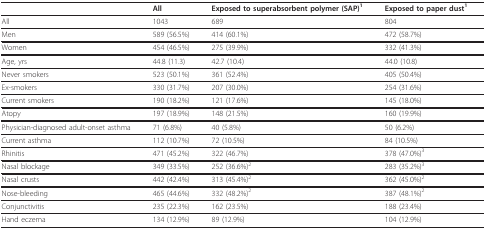
<table><thead><tr><td></td><td><b>All</b></td><td><b>Exposed to superabsorbent polymer (SAP)<sup>1</sup></b></td><td><b>Exposed to paper dust<sup>1</sup></b></td></tr></thead><tbody><tr><td>All</td><td>1043</td><td>689</td><td>804</td></tr><tr><td>Men</td><td>589 (56.5%)</td><td>414 (60.1%)</td><td>472 (58.7%)</td></tr><tr><td>Women</td><td>454 (46.5%)</td><td>275 (39.9%)</td><td>332 (41.3%)</td></tr><tr><td>Age, yrs</td><td>44.8 (11.3)</td><td>42.7 (10.4)</td><td>44.0 (10.8)</td></tr><tr><td>Never smokers</td><td>523 (50.1%)</td><td>361 (52.4%)</td><td>405 (50.4%)</td></tr><tr><td>Ex-smokers</td><td>330 (31.7%)</td><td>207 (30.0%)</td><td>254 (31.6%)</td></tr><tr><td>Current smokers</td><td>190 (18.2%)</td><td>121 (17.6%)</td><td>145 (18.0%)</td></tr><tr><td>Atopy</td><td>197 (18.9%)</td><td>148 (21.5%)</td><td>160 (19.9%)</td></tr><tr><td>Physician-diagnosed adult-onset asthma</td><td>71 (6.8%)</td><td>40 (5.8%)</td><td>50 (6.2%)</td></tr><tr><td>Current asthma</td><td>112 (10.7%)</td><td>72 (10.5%)</td><td>84 (10.5%)</td></tr><tr><td>Rhinitis</td><td>471 (45.2%)</td><td>322 (46.7%)</td><td>378 (47.0%)<sup>3</sup></td></tr><tr><td>Nasal blockage</td><td>349 (33.5%)</td><td>252 (36.6%)<sup>2</sup></td><td>283 (35.2%)<sup>3</sup></td></tr><tr><td>Nasal crusts</td><td>442 (42.4%)</td><td>313 (45.4%)<sup>2</sup></td><td>362 (45.0%)<sup>2</sup></td></tr><tr><td>Nose-bleeding</td><td>465 (44.6%)</td><td>332 (48.2%)<sup>2</sup></td><td>387 (48.1%)<sup>2</sup></td></tr><tr><td>Conjunctivitis</td><td>235 (22.3%)</td><td>162 (23.5%)</td><td>188 (23.4%)</td></tr><tr><td>Hand eczema</td><td>134 (12.9%)</td><td>89 (12.9%)</td><td>104 (12.9%)</td></tr></tbody></table>